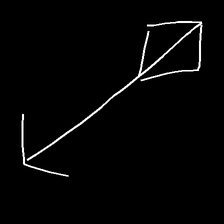
Glyph: focus